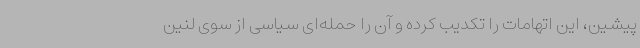
پیشین، این اتهامات را تکدیب کرده و آن را حمله‌ای سیاسی از سوی لنین